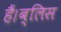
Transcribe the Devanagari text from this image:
हैं।ब्लिस